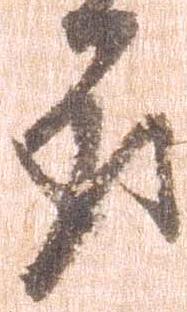
取